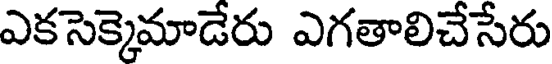
ఎకసెక్కెమాడేరు ఎగతాలిచేసేరు